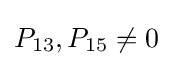
P_{13},P_{15}\neq 0